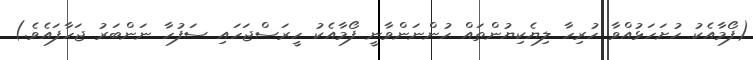
(ފޯމާއެކު ހުށަހަޅުއްވާ ހުރިހާ ލިޔެކިޔުންތައް ހުންނަންވާނީ ފޯމާއެކު ހީރަސްޖަހައި ސަފުހާ ނަންބަރު ޖަހާފައެވެ.)